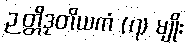
ဉတ္တိဒုတိယကံ (၇) မျိုး